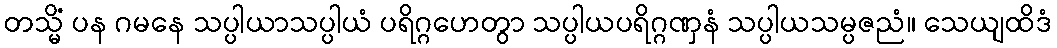
တသ္မိံ ပန ဂမနေ သပ္ပါယာသပ္ပါယံ ပရိဂ္ဂဟေတွာ သပ္ပါယပရိဂ္ဂဏှနံ သပ္ပါယသမ္ပဇညံ။ သေယျထိဒံ